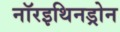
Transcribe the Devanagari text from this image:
नॉरइथिनड्रोन